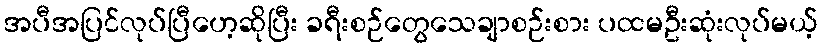
အပီအပြင်လုပ်ပြီဟေ့ဆိုပြီး ခရီးစဉ်တွေသေချာစဉ်းစား ပထမဦးဆုံးလုပ်မယ့်